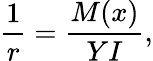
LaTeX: \frac{1}{r}=\frac{M(x)}{YI},